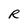
Character: R